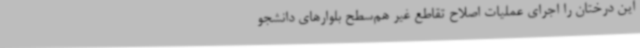
این درختان را اجرای عملیات اصلاح تقاطع غیر هم‌سطح بلوارهای دانشجو